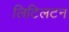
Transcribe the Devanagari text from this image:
लिटिलटन